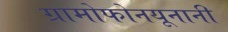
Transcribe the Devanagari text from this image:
ग्रामोफोनयूनानी